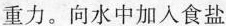
重力。向水中加入食盐